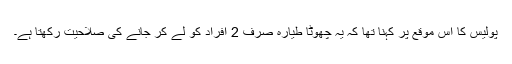
پولیس کا اس موقع پر کہنا تھا کہ یہ چھوٹا طیارہ صرف 2 افراد کو لے کر جانے کی صلاحیت رکھتا ہے۔